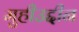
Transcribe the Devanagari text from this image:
मुहीउद्दीन